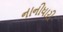
નાનીધારી